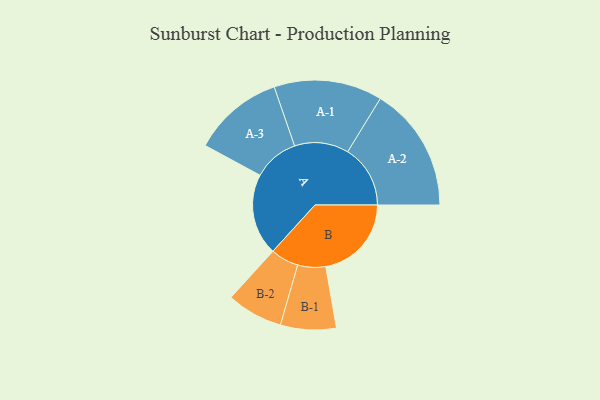
{"axis": {"x": "Segment", "y": "Value"}, "legend": ["", "A", "B"], "data": [{"x": "A", "y": 328, "type": ""}, {"x": "B", "y": 345, "type": ""}, {"x": "A-1", "y": 218, "type": "A"}, {"x": "A-2", "y": 252, "type": "A"}, {"x": "A-3", "y": 183, "type": "A"}, {"x": "B-1", "y": 112, "type": "B"}, {"x": "B-2", "y": 113, "type": "B"}]}